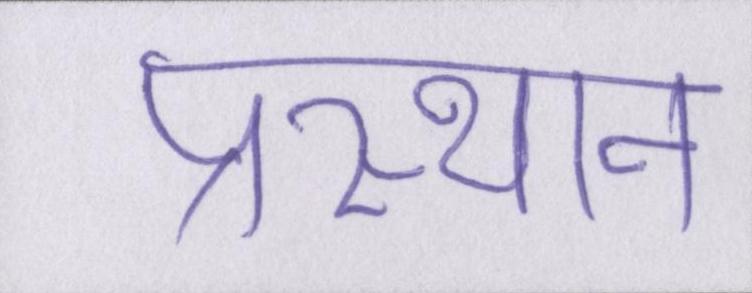
प्रस्थान